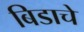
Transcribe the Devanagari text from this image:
बिडाचे